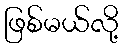
ဖြစ်မယ်လို့